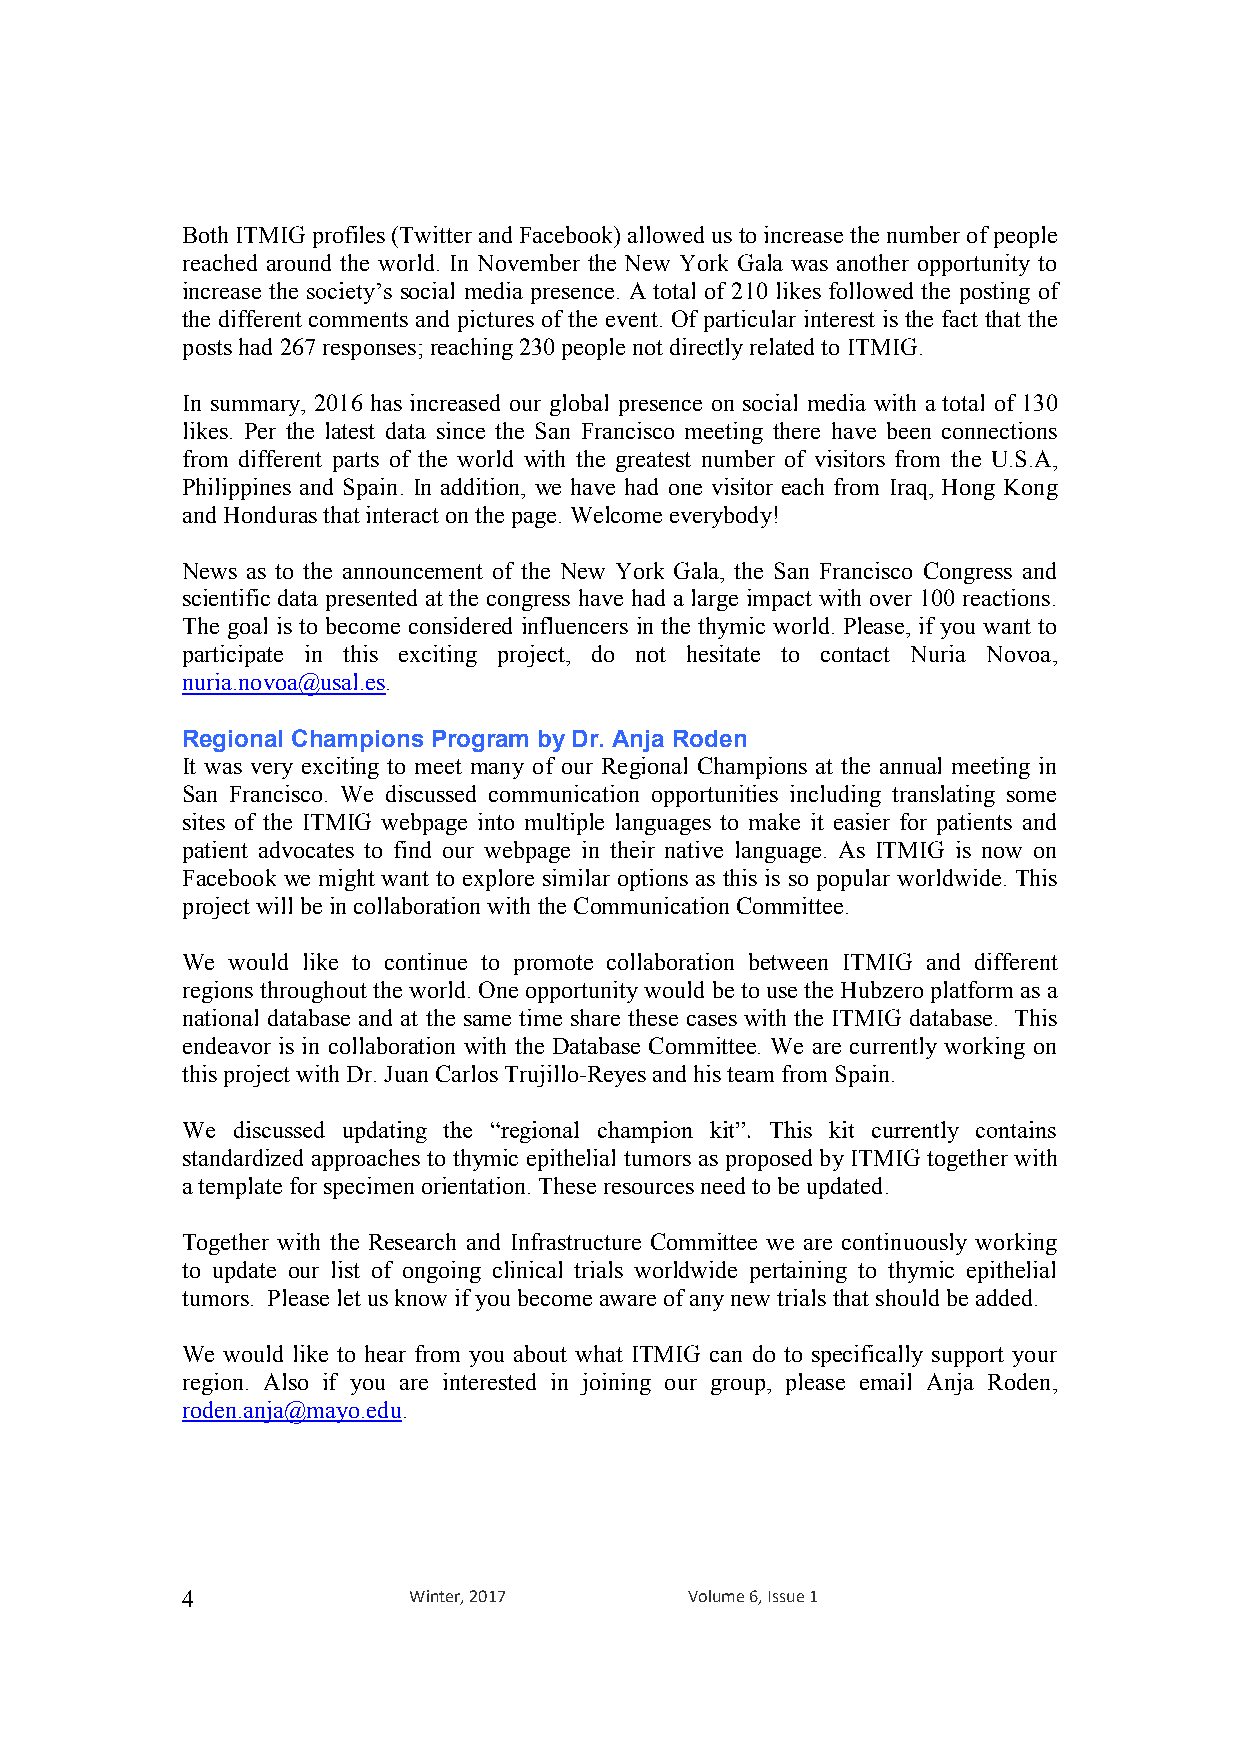
Both ITMIG profiles (Twitter and Facebook) allowed us to increase the number of people
 reached around the world. In November the New York Gala was another opportunity to
 increase the society’s social media presence. A total of 210 likes followed the posting of
 the different comments and pictures of the event. Of particular interest is the fact that the
 posts had 267 responses; reaching 230 people not directly related to ITMIG.
 In summary, 2016 has increased our global presence on social media with a total of 130
 likes. Per the latest data since the San Francisco meeting there have been connections
 from different parts of the world with the greatest number of visitors from the U.S.A,
 Philippines and Spain. In addition, we have had one visitor each from Iraq, Hong Kong
 and Honduras that interact on the page. Welcome everybody!
 News as to the announcement of the New York Gala, the San Francisco Congress and
 scientific data presented at the congress have had a large impact with over 100 reactions.
 The goal is to become considered influencers in the thymic world. Please, if you want to
 participate in this exciting project, do not hesitate to contact Nuria Novoa,
 nuria.novoa@usal.es.
 Regional Champions Program by Dr. Anja Roden
 It was very exciting to meet many of our Regional Champions at the annual meeting in
 San Francisco. We discussed communication opportunities including translating some
 sites of the ITMIG webpage into multiple languages to make it easier for patients and
 patient advocates to find our webpage in their native language. As ITMIG is now on
 Facebook we might want to explore similar options as this is so popular worldwide. This
 project will be in collaboration with the Communication Committee.
 We would like to continue to promote collaboration between ITMIG and different
 regions throughout the world. One opportunity would be to use the Hubzero platform as a
 national database and at the same time share these cases with the ITMIG database. This
 endeavor is in collaboration with the Database Committee. We are currently working on
 this project with Dr. Juan Carlos Trujillo-Reyes and his team from Spain.
 We discussed updating the “regional champion kit”. This kit currently contains
 standardized approaches to thymic epithelial tumors as proposed by ITMIG together with
 a template for specimen orientation. These resources need to be updated.
 Together with the Research and Infrastructure Committee we are continuously working
 to update our list of ongoing clinical trials worldwide pertaining to thymic epithelial
 tumors. Please let us know if you become aware of any new trials that should be added.
 We would like to hear from you about what ITMIG can do to specifically support your
 region. Also if you are interested in joining our group, please email Anja Roden,
 roden.anja@mayo.edu.
 4              Winter, 2017       Volume 6, Issue 1